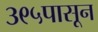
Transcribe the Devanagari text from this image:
३९५पासून